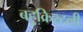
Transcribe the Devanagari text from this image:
बहुक्रिस्टली